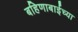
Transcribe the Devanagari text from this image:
बहिणाबाईच्‍या